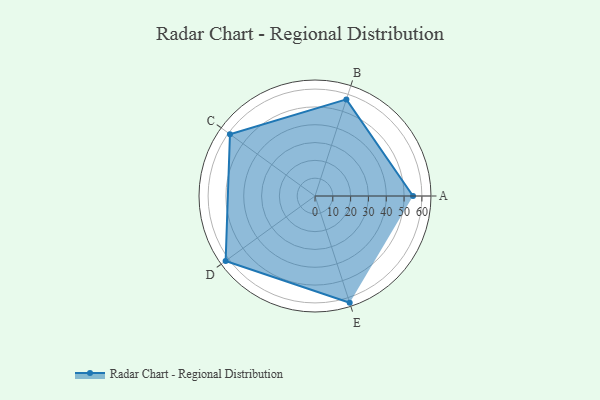
{"axis": {"x": "Skill", "y": "Score"}, "legend": ["Profile"], "data": [{"x": "A", "y": 55.0, "type": "Profile"}, {"x": "B", "y": 57.0, "type": "Profile"}, {"x": "C", "y": 59.0, "type": "Profile"}, {"x": "D", "y": 62.0, "type": "Profile"}, {"x": "E", "y": 63.0, "type": "Profile"}]}